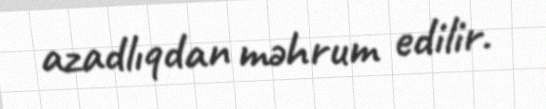
azadlıqdan məhrum edilir.